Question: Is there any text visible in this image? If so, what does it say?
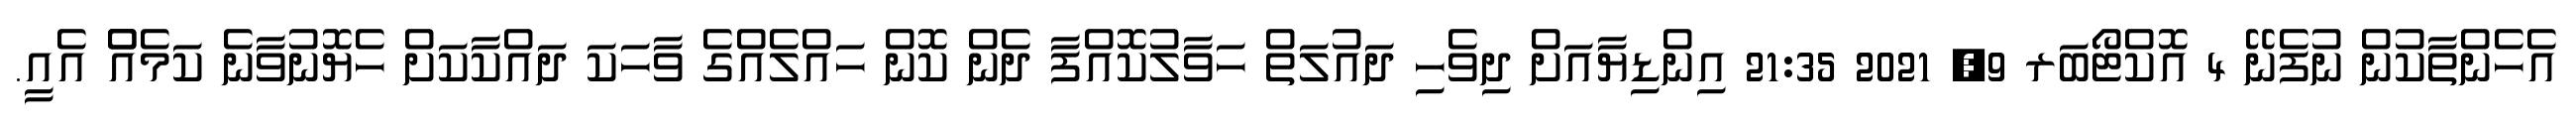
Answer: އެހެންތާކުން ނުފެނޭ 4 އޮކްޓޯބަރ 9, 2021 21:35 އިންޑިޔާއަށް ދިވެހި ދައުލަތް ހަވާލުކޮއްފާ ދެން ކޮން ހައްލެއްގެ ވާހަކަ ދައްކާކަށް ހެޔޮނުވާނެ ކަމެއްް އެއީ.